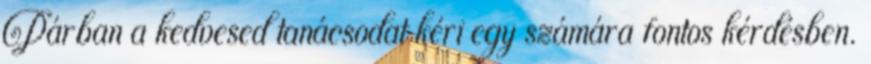
Párban a kedvesed tanácsodat kéri egy számára fontos kérdésben.